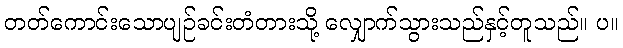
တတ်ကောင်းသောပျဉ်ခင်းတံတားသို့ လျှောက်သွားသည်နှင့်တူသည်။ ပ။